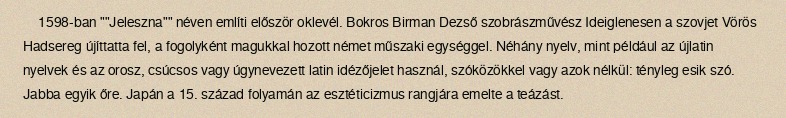
1598-ban ""Jeleszna"" néven említi először oklevél. Bokros Birman Dezső szobrászművész Ideiglenesen a szovjet Vörös Hadsereg újíttatta fel, a fogolyként magukkal hozott német műszaki egységgel. Néhány nyelv, mint például az újlatin nyelvek és az orosz, csúcsos vagy úgynevezett latin idézőjelet használ, szóközökkel vagy azok nélkül: tényleg esik szó. Jabba egyik őre. Japán a 15. század folyamán az esztéticizmus rangjára emelte a teázást.